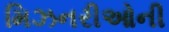
મિઝનરીઓની